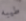
طيبه